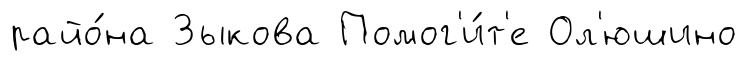
райо́на Зыкова Помог'и́т'е Ол'юшино